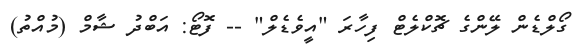
ގޯލްޑެން ލޭންގެ ޗޮކްލެޓް ފިހާރަ "އީވެޑެލް" -- ފޮޓޯ: އަބްދު ޝާމް (މުއްތު)